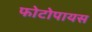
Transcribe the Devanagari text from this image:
फोटोपायस